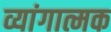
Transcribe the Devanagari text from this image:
व्यांगात्मक